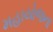
મહાયોજના